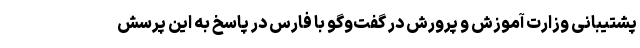
پشتیبانی وزارت آموزش و پرورش در گفت‌وگو با فارس در پاسخ به این پرسش